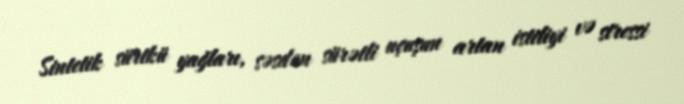
Sintetik sürtkü yağları, səsdən sürətli uçuşun artan istiliyi və stressi